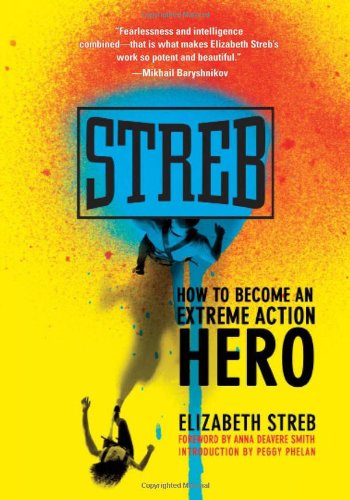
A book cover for Streb: How to Become an Extreme Action Hero; Elizabeth Streb; Biographies & Memoirs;